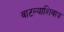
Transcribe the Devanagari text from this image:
वाटल्याशिवाय